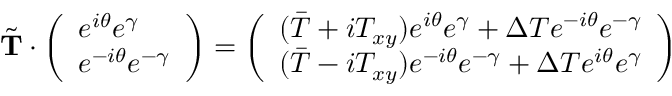
\tilde { \bf T } \cdot \left( \begin{array} { l } { e ^ { i \theta } e ^ { \gamma } } \\ { e ^ { - i \theta } e ^ { - \gamma } } \end{array} \right) = \left( \begin{array} { l } { ( \bar { T } + i T _ { x y } ) e ^ { i \theta } e ^ { \gamma } + \Delta T e ^ { - i \theta } e ^ { - \gamma } } \\ { ( \bar { T } - i T _ { x y } ) e ^ { - i \theta } e ^ { - \gamma } + \Delta T e ^ { i \theta } e ^ { \gamma } } \end{array} \right)